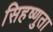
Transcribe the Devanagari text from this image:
सिहष्णुता